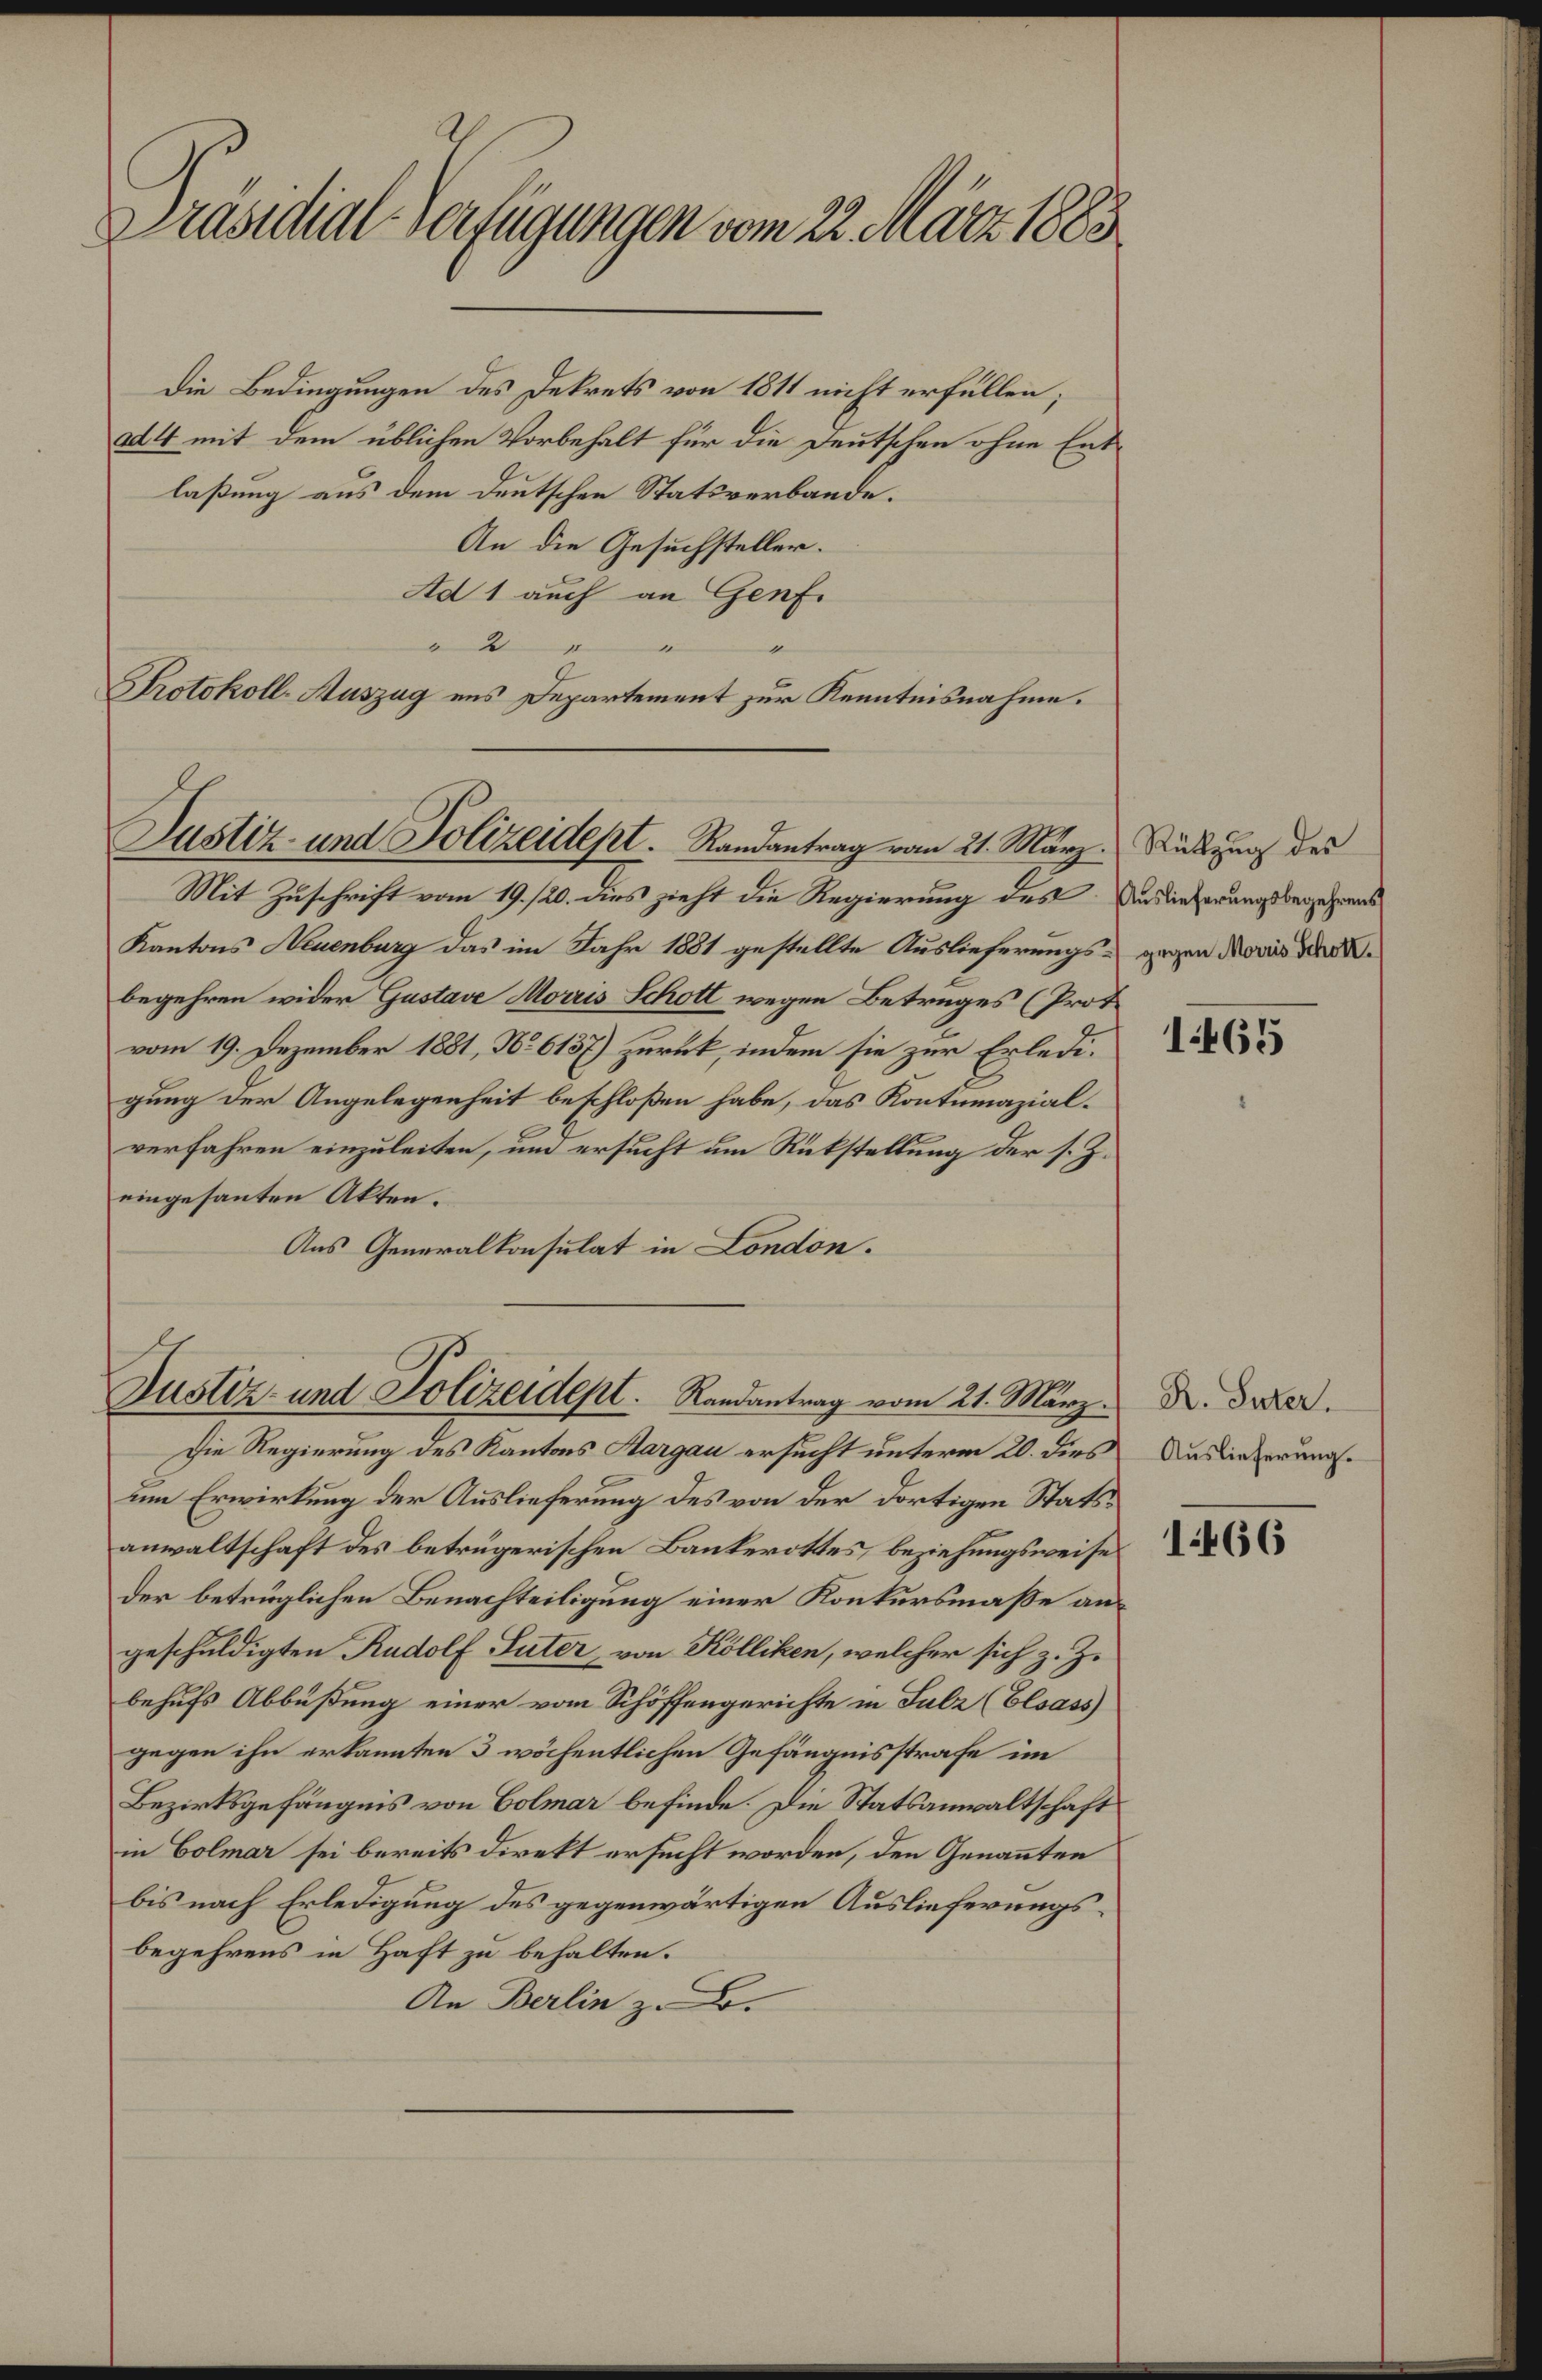
Präsidial-Verfügungen vom 22. März 1883

Die Bedingungen des Dekrets von 1811 nicht erfüllen;
ad 4 mit dem üblichen Vorbehalt für die Deutschen ohne Entlaßung aus dem deutschen Statsverbande.
An die Gesuchsteller.
Ad 1 auch an Genf.
2
Protokoll-Auszug uns Departement zur Kenntnisnahme.

Justiz- und Polizeidept. Randantrag vom 21. März.

Mit Zuschrift vom 19. 120. dies zieht die Regierung des Ansiederungsbegehrens
Kantons Neuenburg das im Jahr 1881 gestellte Auslieferungs- gegen daris dabegehren wider Gustave Morris Schott wegen Betruges (Prof.
vom 19. Dezember 1881, No 6137) zurück, indem sie zur Erledigung der Angelegenheit beschloßen habe, das Kontumazialverfahren einzuleiten, um ersucht um Rückstellung der s. Z.
eingesanten Akten.
Aus Generalkonsulat in London.

Justiz- und Polizeidept. Randantrag vom 21. März.

Die Regierung des Kantons Aargau ersucht unterm 20. dies Auslieferung.
um Erwirkung der Auslieferung des von der dortigen Statsanwaltschaft des betrugerischen Bankerottes, beziehungsweise
der betrüglichen Benachteiligung einer Konkursmaße angeschuldigten Rudolf Puter, von Kölliken, welcher sich z. Z.
behufs Abbüßung einer vom Schöffengerichte in Sulz (Elsass
gegen ihn erkannten 3 wöchentlichen Gefängnisstrafe im
Bezirksgefängnis von Colmar befinde. Die Statsanwaltschaft
in Colmar sei bereits direkt ersucht worden, den Genannten
bis nach Erledigung des gegenwärtigen Auslieferungsbegehrens in Haft zu behalten.
An Berlin z. B.

Rükzug des

1465

R. Suter.